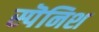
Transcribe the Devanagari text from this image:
स्पॆनिश